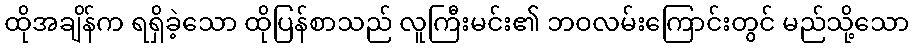
ထိုအချိန်က ရရှိခဲ့သော ထိုပြန်စာသည် လူကြီးမင်း၏ ဘဝလမ်းကြောင်းတွင် မည်သို့သော